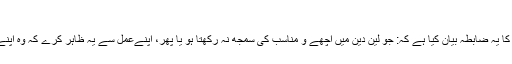
بےوقوفی کا ضابطہ:
اہلِ علم نے معاملات میں بےوقوفی کی پہچان کا یہ ضابطہ بیان کیا ہے کہ: جو لین دین میں اچھے و مناسب کی سمجھ نہ رکھتا ہو یا پھر، اپنےعمل سے یہ ظاہر کرے کہ وہ اپنے مال میں بہتر مصرف کی پہچان نہیں رکھتا۔